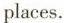
places.